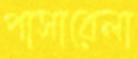
পাসারেলা